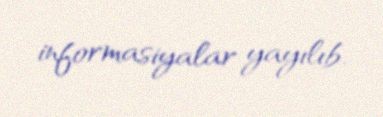
informasiyalar yayılıb.